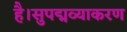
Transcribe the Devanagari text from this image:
है।सुपद्मव्याकरण